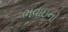
ભવાઇનો